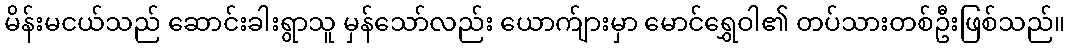
မိန်းမငယ်သည် ဆောင်းခါးရွာသူ မှန်သော်လည်း ယောက်ျားမှာ မောင်ရွှေဝါ၏ တပ်သားတစ်ဦးဖြစ်သည်။